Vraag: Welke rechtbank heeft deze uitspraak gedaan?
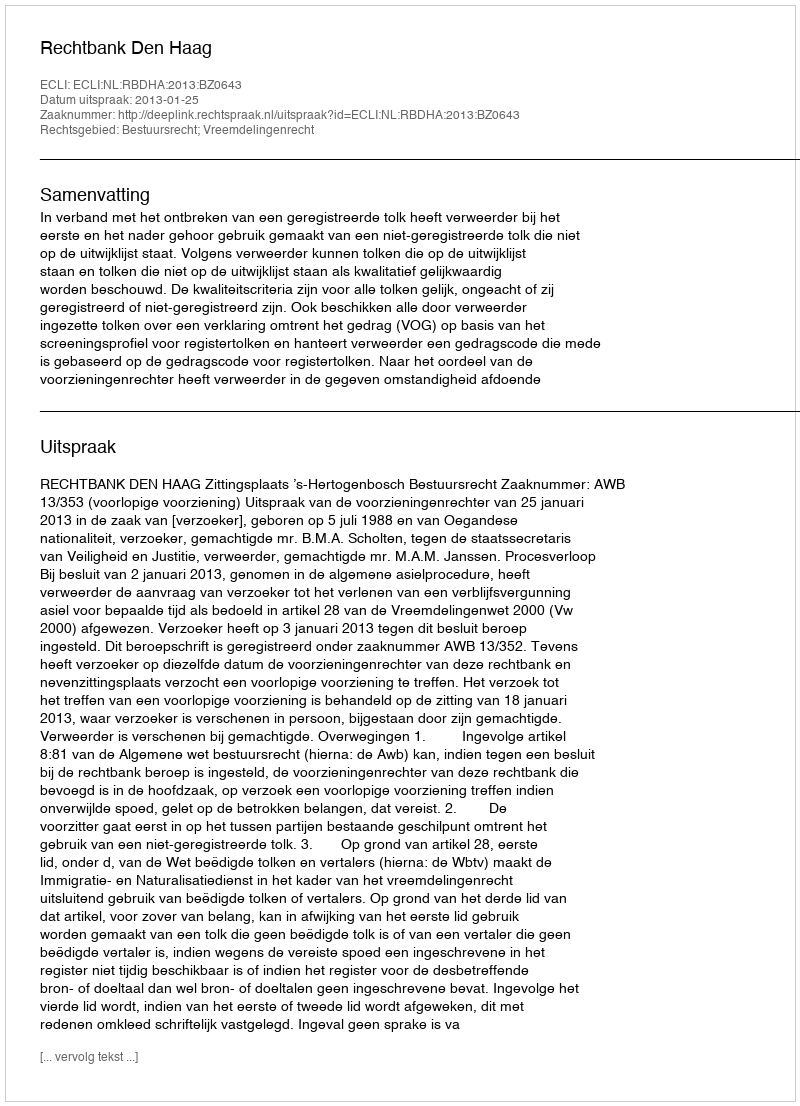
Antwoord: Rechtbank Den Haag